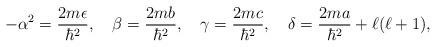
LaTeX: \begin{align*}-\alpha^{2}=\frac{2m\epsilon}{\hbar^{2}},\quad\beta=\frac{2mb}{\hbar^{2}},\quad\gamma=\frac{2mc}{\hbar^{2}},\quad\delta=\frac{2ma}{\hbar^{2}}+\ell(\ell+1),\end{align*}